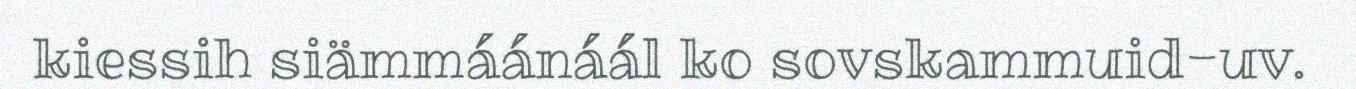
kiessih siämmáánáál ko sovskammuid-uv.